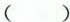
（）